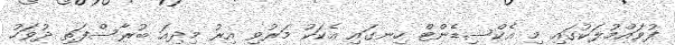
ފުވައްމުލަކުގައި މި އެކްސިޑެންޓް ހިނގައި އެކަކު މަރުވި އިރު މިދިއަ ބުރާސްފަތި ދުވަހު